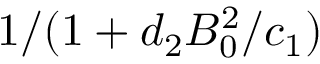
1 / ( 1 + d _ { 2 } B _ { 0 } ^ { 2 } / c _ { 1 } )